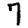
Digit: 7